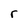
Character: r